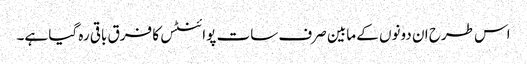
اس طرح ان دونوں کے مابین صرف سات پوائنٹس کا فرق باقی رہ گیا ہے۔